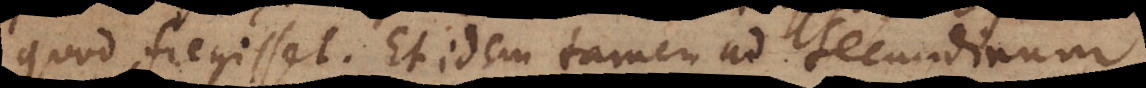
quod fregisset. Et idem tamen ad Secundinum